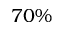
7 0 \%